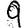
Digit: 9